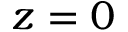
z = 0